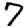
Digit: 7